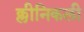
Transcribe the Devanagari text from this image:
क्लीनिकली